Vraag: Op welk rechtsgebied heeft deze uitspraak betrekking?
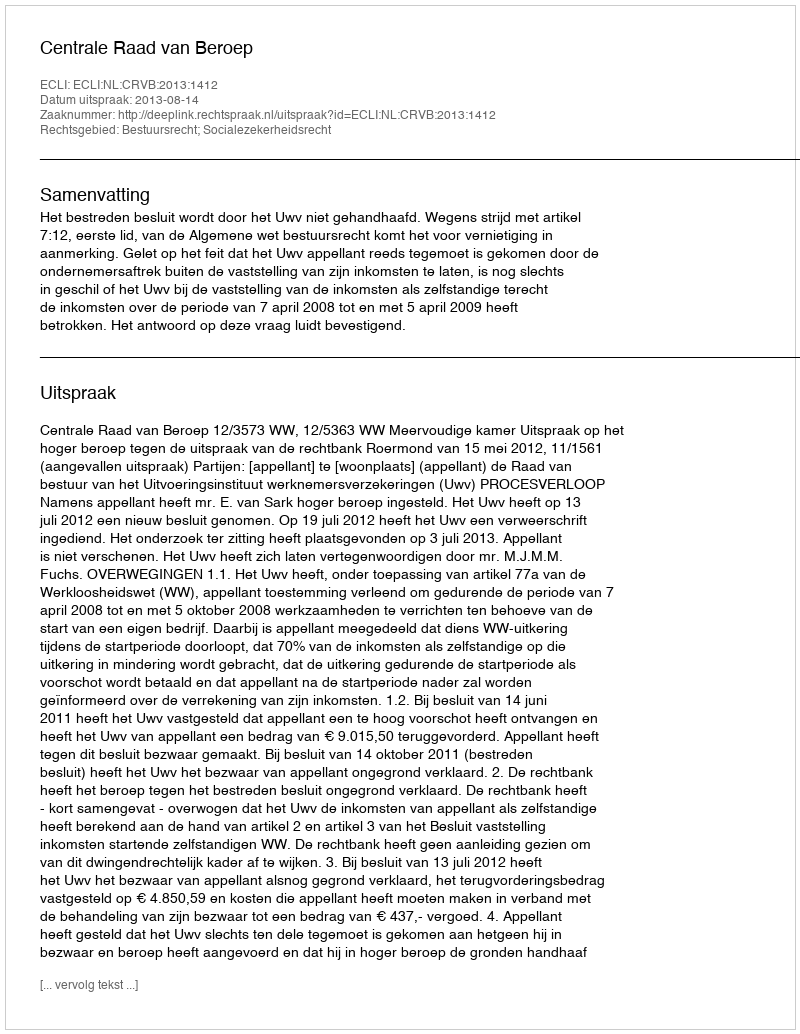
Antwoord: Bestuursrecht; Socialezekerheidsrecht